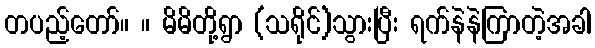
တပည့်တော်။ ။ မိမိတို့ရွာ (သရိုင်)သွားပြီး ရက်နဲနဲကြာတဲ့အခါ